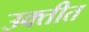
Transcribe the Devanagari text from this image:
उक्तीत